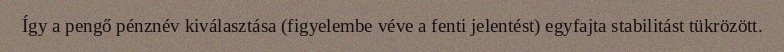
Így a pengő pénznév kiválasztása (figyelembe véve a fenti jelentést) egyfajta stabilitást tükrözött.